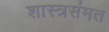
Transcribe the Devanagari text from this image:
शास्त्रसंमत